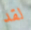
لقد